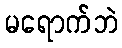
မရောက်ဘဲ